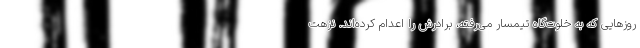
روزهايی كه به خلوت‌گاه تيمسار می‌رفته، برادرش را اعدام كرده‌اند. نزهت